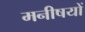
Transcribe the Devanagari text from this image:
मनीषयों